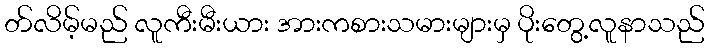
တ်လိမ့်မည် လူကီးမီးယား အားကစားသမားများမှ ပိုးတွေ့လူနာသည်